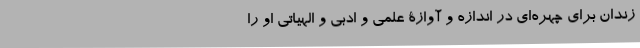
زندان برای چهره‌ای در اندازه و آوازۀ علمی و ادبی و الهیاتی او را